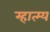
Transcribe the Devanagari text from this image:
म्हात्म्य